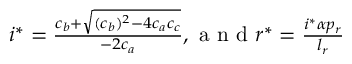
\begin{array} { r } { i ^ { * } = \frac { c _ { b } + \sqrt { ( c _ { b } ) ^ { 2 } - 4 c _ { a } c _ { c } } } { - 2 c _ { a } } , \mathrm { ~ a ~ n ~ d ~ } r ^ { * } = \frac { i ^ { * } { \alpha } p _ { r } } { l _ { r } } } \end{array}